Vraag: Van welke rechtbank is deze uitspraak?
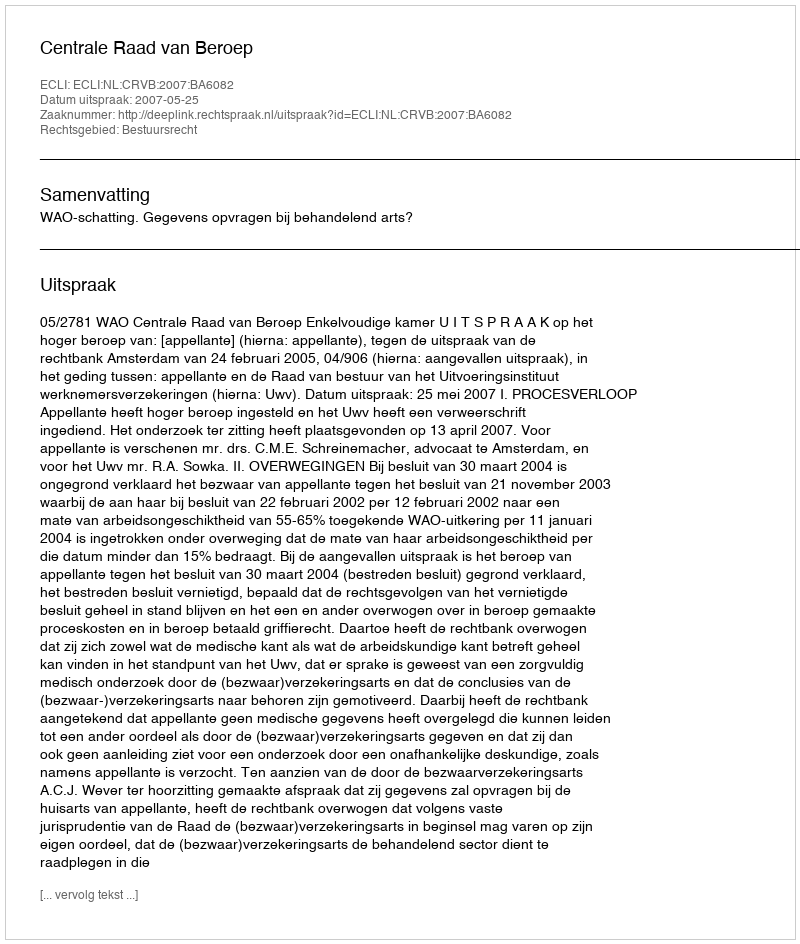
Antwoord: Centrale Raad van Beroep